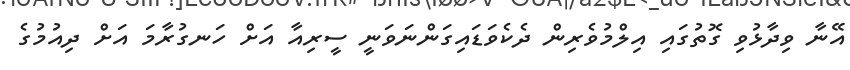
އޭނާ ވިދާޅުވި ގޮތުގައި އިލްމުވެރިން ދެކެވަޑައިގަންނަވަނީ ސީރިއާ އަށް ހަނގުރާމަ އަށް ދިއުމުގެ